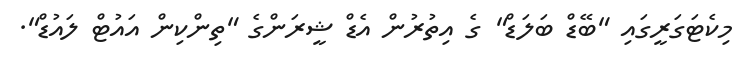
މިކެޓަގަރީގައި "ބޭޑް ބަލަޑް" ގެ އިތުރުން އެޑް ޝީރަންގެ "ތިންކިން އައުޓް ލައުޑް".